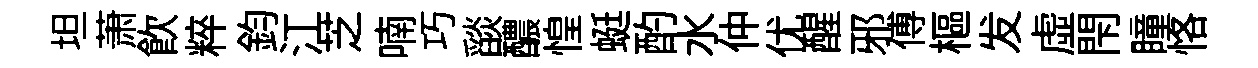
坦萧飮粹鈞江芝喃巧𦦨醲惶蜓酌水仲优醒邪傅樞发虚閇瞳恪